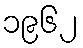
၁၉၆၂